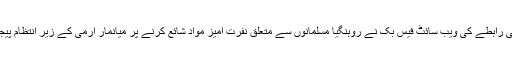
تفصیلات کے مطابق سماجی رابطے کی ویب سائٹ فیس بک نے روہنگیا مسلمانوں سے متعلق نفرت آمیز مواد شائع کرنے پر میانمار آرمی کے زیر انتظام پیجز اور اکاؤنٹس بند کردیئے۔